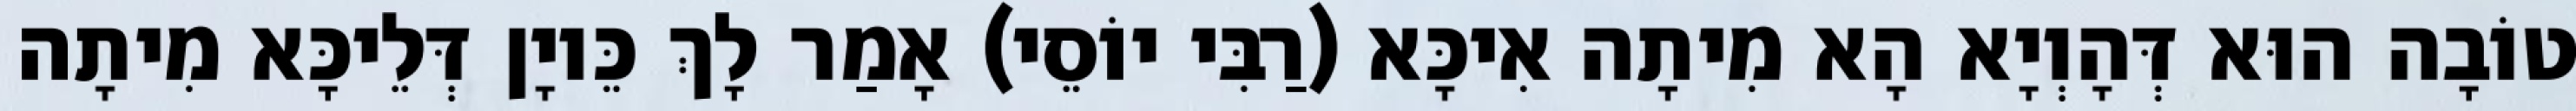
טוֹבָה הוּא דְּהָוְיָא הָא מִיתָה אִיכָּא (רַבִּי יוֹסֵי) אָמַר לָךְ כֵּיוָן דְּלֵיכָּא מִיתָה